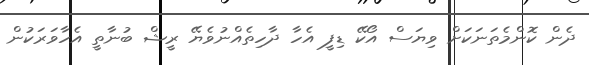
ދެން ކޮންމެތަނަކަށް ވިޔަސް އޯކޭ ޑިފީ އެހާ ދާހިތެއްނުވެޔޭ ރީޝް ބުނާތީ އެހާވަރަކުން